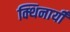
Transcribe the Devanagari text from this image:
क्थिनायीँ